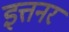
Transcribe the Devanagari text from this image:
इत्तनर